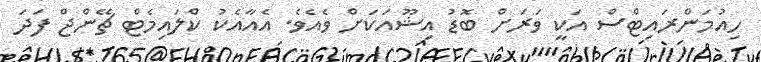
ހިއުމަންރައިޓްސް އަކީ ވަރަށް ބޮޑު އިޝޫއަކަށް ވެއެވެ. އެއާއެކު ކްލައިމެޓް ޗޭންޖް ފަދަ